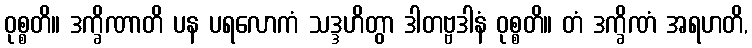
ဝုစ္စတိ။ ဒက္ခိဏာတိ ပန ပရလောကံ သဒ္ဒဟိတွာ ဒါတဗ္ဗဒါနံ ဝုစ္စတိ။ တံ ဒက္ခိဏံ အရဟတိ,